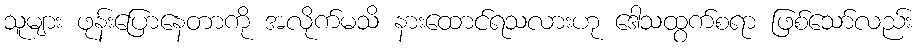
သူများ ဖုန်းပြောနေတာကို အလိုက်မသိ နားထောင်ရသလားဟု ဒေါသထွက်စရာ ဖြစ်သော်လည်း